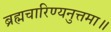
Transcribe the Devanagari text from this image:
ब्रह्मचारिण्यनुत्तमा॥